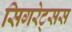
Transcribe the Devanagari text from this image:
सिगरेट्सस